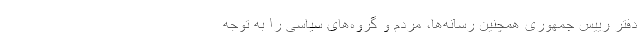
دفتر رییس‌ جمهوری همچنین رسانه‌ها، مردم و گروه‌های سیاسی را به توجه